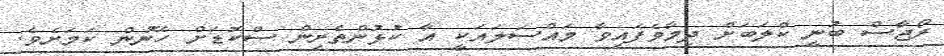
ރޯޖާސް ބުނީ ކްލަބަށް ދިމާވެފައިވާ މައްސަލައަކީ އާ ކުޅުންތެރިން ސްކޮޑަށް ހޭނުން ކަމަށެވެ.